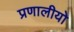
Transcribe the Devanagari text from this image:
प्रणालीयो